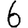
Digit: 6